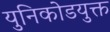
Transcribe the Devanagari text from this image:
युनिकोडयुक्त